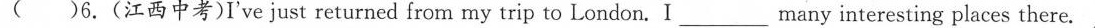
( )6.(江西中考)I've just returned from my trip to London. I___many inresting places there.